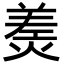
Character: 㷢